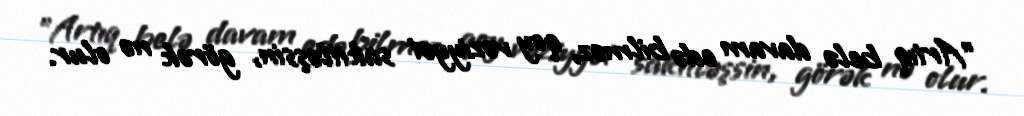
"Artıq belə davam edə bilməz, qoy vəziyyət sakitləşsin, görək nə olur.